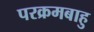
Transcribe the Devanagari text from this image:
परक्रमबाहु